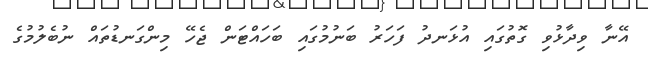
އޭނާ ވިދާޅުވި ގޮތުގައި އުޅަނދު ފަހަރު ބަނުމުގައި ބަހައްޓަން ޖެހޭ މިންގަނޑުތައް ނުބެލުމުގެ